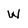
Character: W